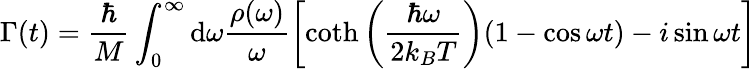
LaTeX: \Gamma(t)=\frac{\hbar}{M}\int_{0}^{\infty}\mathrm{d}\omega\frac{\rho(\omega)}{\omega}\left[\coth\left(\frac{\hbar\omega}{2k_{B}T}\right)(1-\cos{\omega t})-i\sin{\omega t}\right]